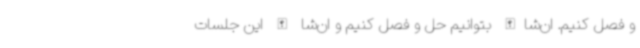
و فصل کنیم. ان‌شا‌الله بتوانیم حل و فصل کنیم و ان‌شا الله این جلسات